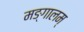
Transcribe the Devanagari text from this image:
मङ्गालम्